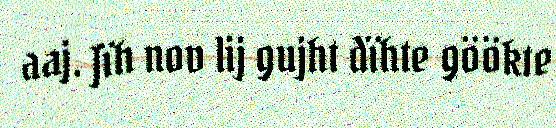
aaj. Jïh nov lij gujht dïhte göökte